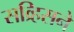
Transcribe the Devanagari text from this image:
सव्र्हिसने